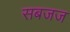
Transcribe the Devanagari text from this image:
सबजज